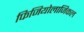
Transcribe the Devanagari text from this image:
फिजियोलाजिकल